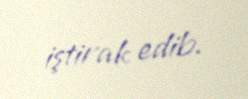
iştirak edib.